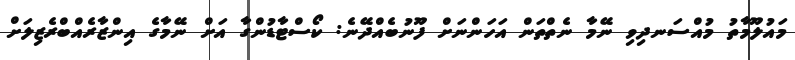
މައުލޫމާތު މުއްސަނދިވި ނޭމާ ނެތްތަން އަހަންނަށް ފޫނުބެއްދޭނެ: ކޯސްޓާޑުންގާ އަށް ނޭމާގެ އިންޒާރެއްބްރެޒިލަށް